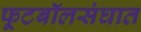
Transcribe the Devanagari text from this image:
फूटबॉलसंघात